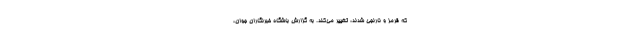
که قرمز و نارنجی شدند، تغییر می‌کند. به گزارش باشگاه خبرنگاران جوان،